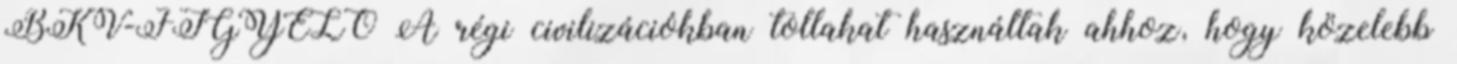
BKV-FIGYELŐ A régi civilizációkban tollakat használtak ahhoz, hogy közelebb